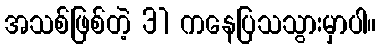
အသစ်ဖြစ်တဲ့ 31 ကနေပြသသွားမှာပါ။